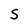
Character: S